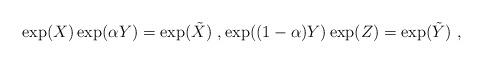
LaTeX: \begin{align*}\exp(X)\exp({\alpha Y})=\exp({\tilde X}) \ , \exp({(1-\alpha) Y}) \exp(Z)=\exp({\tilde Y}) \ ,\end{align*}